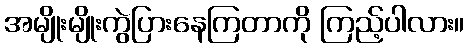
အမျိုးမျိုးကွဲပြားနေကြတာကို ကြည့်ပါလား။